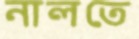
নালতে